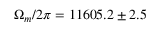
\Omega _ { m } / 2 \pi = 1 1 6 0 5 . 2 \pm 2 . 5